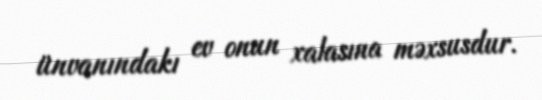
ünvanındakı ev onun xalasına məxsusdur.